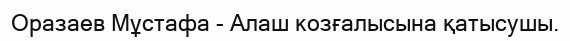
Оразаев Мұстафа - Алаш козғалысына қатысушы.